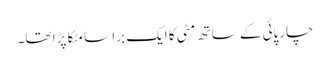
چارپائی کے ساتھ مٹی کا ایک برا سا مٹکا پڑا تھا۔